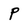
Character: P